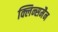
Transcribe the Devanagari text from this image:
क्लिन्समैन